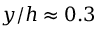
y / h \approx 0 . 3